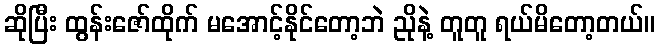
ဆိုပြီး ထွန်းဇော်ထိုက် မအောင့်နိုင်တော့ဘဲ ညိုနဲ့ တူတူ ရယ်မိတော့တယ်။